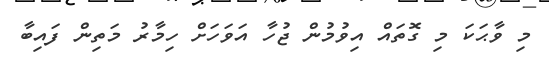
މި ވާޙަކަ މި ގޮތައް އިވުމުން ޖުހާ އަވަހަށް ހިމާރު މަތިން ފައިބާ